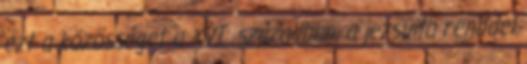
ezt a közösséget a XVI. században, a jezsuita renddel